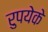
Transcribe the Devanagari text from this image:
रुपयेके